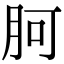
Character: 胢